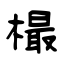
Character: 樶